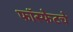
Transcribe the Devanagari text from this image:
फॉस्फेटचे